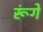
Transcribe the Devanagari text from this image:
रूंगे